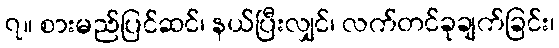
၇။ စားမည်ပြင်ဆင်၊ နယ်ပြီးလျှင်၊ လက်တင်ခုချက်ခြင်း၊